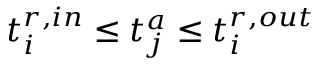
t _ { i } ^ { r , i n } \leq t _ { j } ^ { a } \leq t _ { i } ^ { r , o u t }